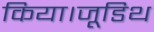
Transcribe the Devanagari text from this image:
किया।जूडिथ